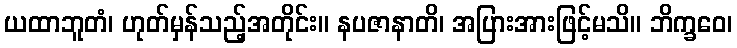
ယထာဘူတံ၊ ဟုတ်မှန်သည့်အတိုင်း။ နပဇာနာတိ၊ အပြားအားဖြင့်မသိ။ ဘိက္ခဝေ၊